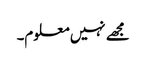
مجھے نہیں معلوم۔